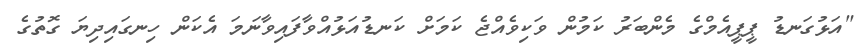
"އަޅުގަނޑު ޕީޕީއެމްގެ މެންބަރު ކަމުން ވަކިވެއްޖެ ކަމަށް ކަނޑުއަޅުއްވާފައިވާނަމަ އެކަން ހިނގައިދިޔަ ގޮތުގެ